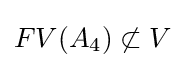
FV(A_{4})\not \subset V